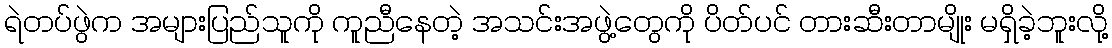
ရဲတပ်ဖွဲက အများပြည်သူကို ကူညီနေတဲ့ အသင်းအဖွဲ့တွေကို ပိတ်ပင် တားဆီးတာမျိုး မရှိခဲ့ဘူးလို့